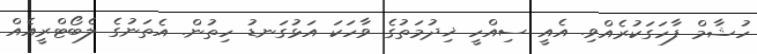
ހުޝާމް ފާހަގަކުރެއްވި. އެއީ ސިއްހީ ޚިދުމަތުގެ ވާހަކަ އަޅުގަނޑު ހިތުން. އެތަނުގެ ލެބޯޓްރީއެއް